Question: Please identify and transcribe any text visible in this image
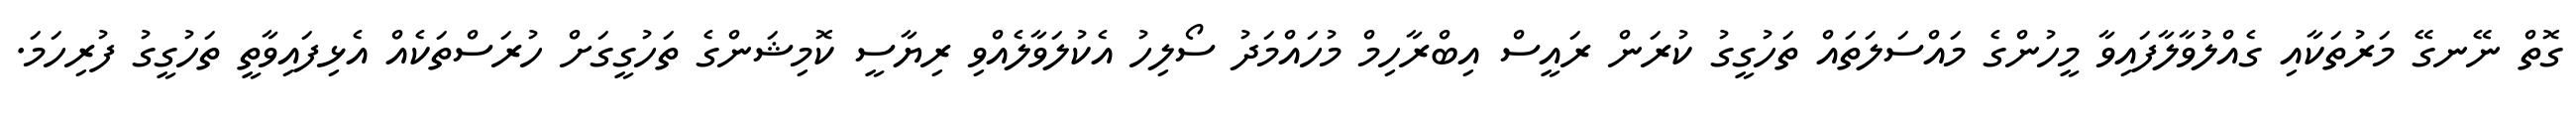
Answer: ގޮތް ނޭނގޭ މަރުތަކާއި ގެއްލުވާލާފައިވާ މީހުންގެ މައްސަލަތައް ތަހުގީގު ކުރަން ރައީސް އިބްރާހިމް މުހައްމަދު ސޯލިހު އެކުލަވާލެއްވި ރިޔާސީ ކޮމިޝަންގެ ތަހުގީގަށް ހުރަސްތަކެއް އެޅިފައިވާތީ ތަހުގީގު ފުރިހަމަ.